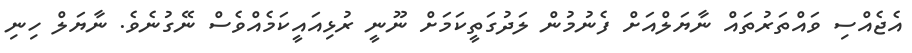
އެޖެއްސި ވައްތަރުތައް ނާޔަލްއަށް ފެނުމުން ލަދުގަތީކަމަށް ނޫނީ ރުޅިއައީކަމެއްވެސް ނޭގުނެވެ. ނާޔަލް ހިނި